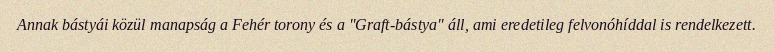
Annak bástyái közül manapság a Fehér torony és a "Graft-bástya" áll, ami eredetileg felvonóhíddal is rendelkezett.